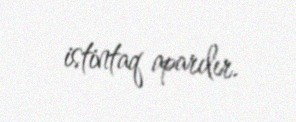
istintaq aparılır.